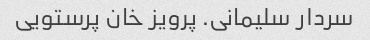
سردار سلیمانی. پرویز خان پرستویی